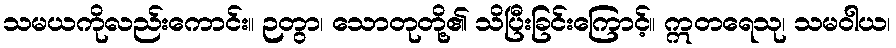
သမယကိုလည်းကောင်း။ ဉတွာ၊ သောတုတို့၏ သိပြီးခြင်းကြောင့်။ ဣတရေသု၊ သမဝါယ၊